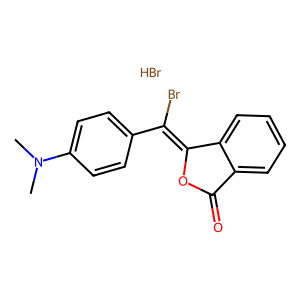
SMILES: Br.CN(C)c1ccc(C(Br)=C2OC(=O)c3ccccc32)cc1
Inhibits HIV replication: No